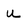
Character: u